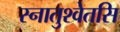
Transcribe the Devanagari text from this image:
स्नातुश्वेतसि